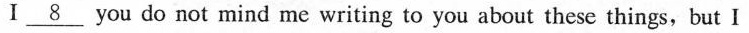
Ⅰ\underline{8} you do not mind me writing to you about these things,but I